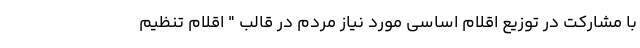
با مشارکت در توزیع اقلام اساسی مورد نیاز مردم در قالب " اقلام تنظیم